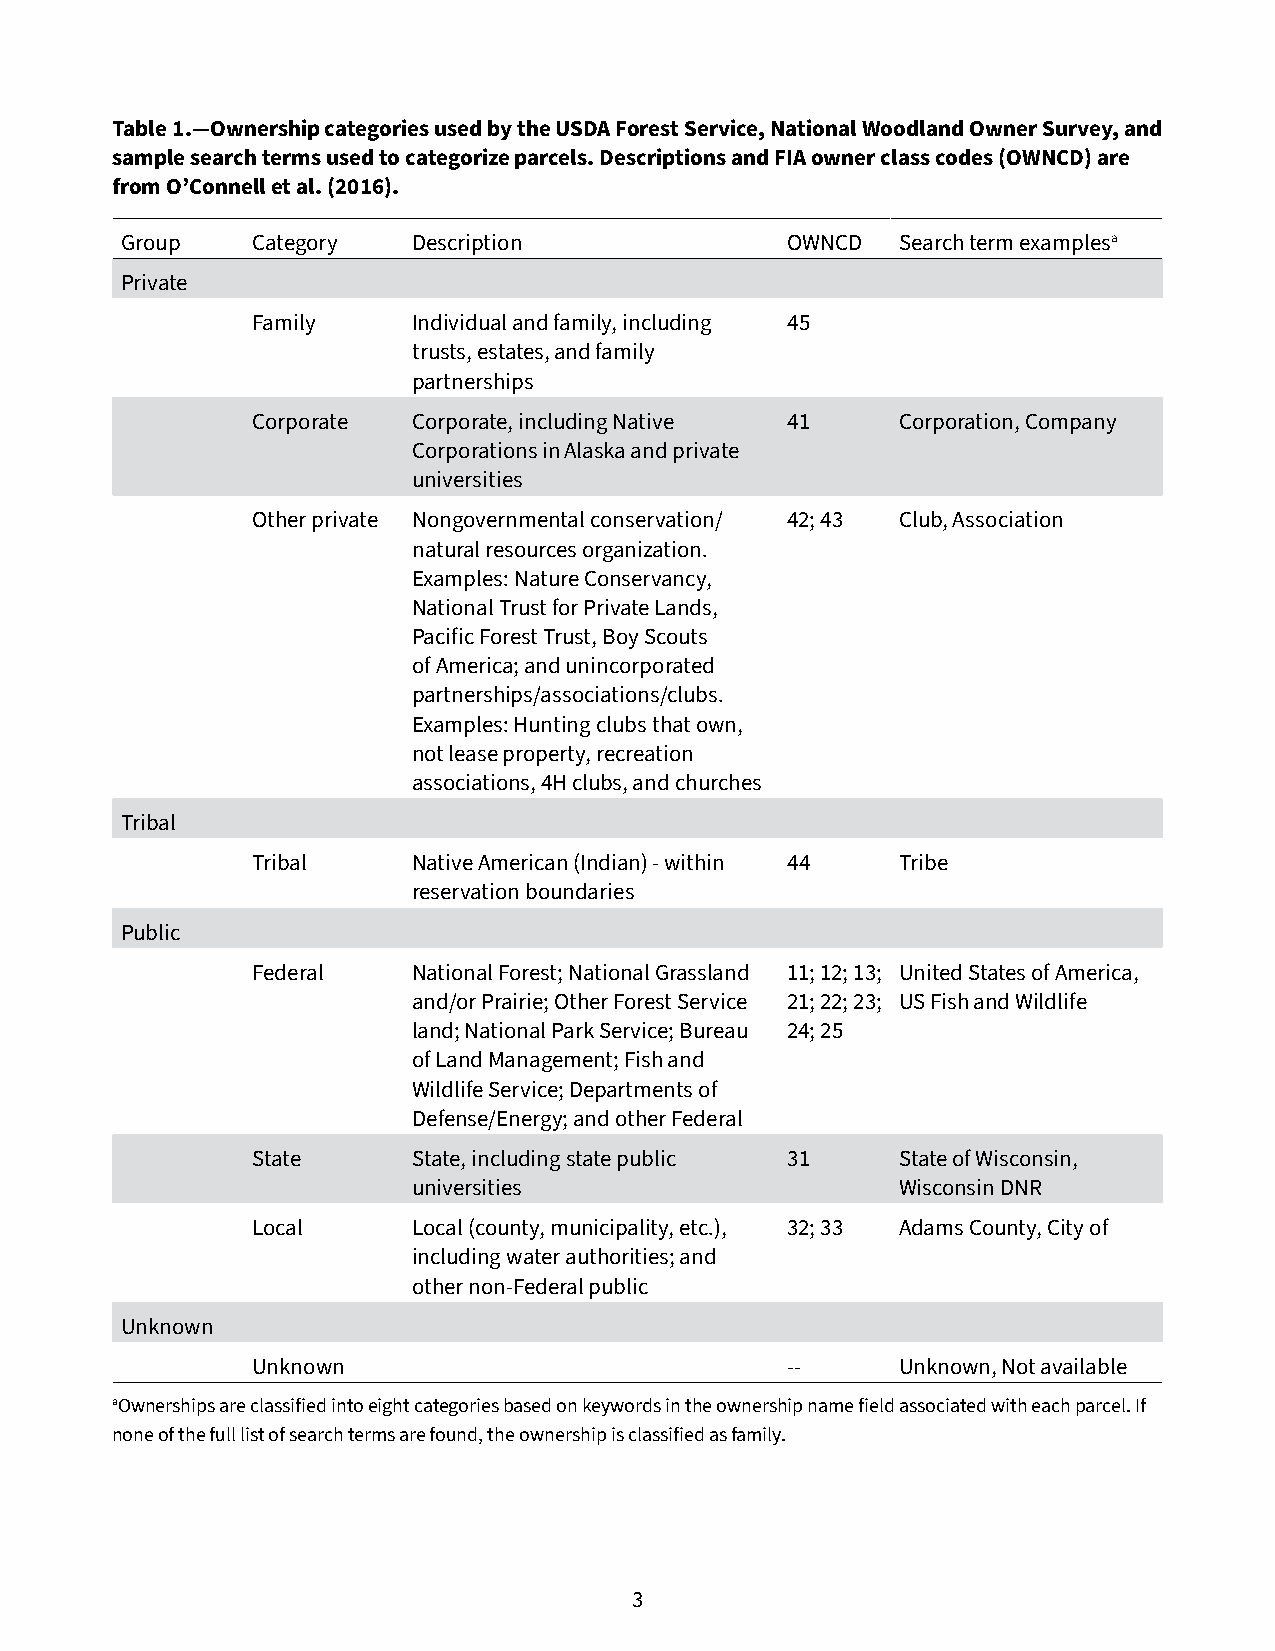
Table 1.—Ownership categories used by the USDA Forest Service, National Woodland Owner Survey, and
 sample search terms used to categorize parcels. Descriptions and FIA owner class codes (OWNCD) are
 from O’Connell et al. (2016).
 Group    Category  Description              OWNCD   Search term examplesa
 Private
 Family    Individual and family, including 45
 trusts, estates, and family
 partnerships
 Corporate Corporate, including Native 41   Corporation, Company
 Corporations in Alaska and private
 universities
 Other private Nongovernmental conservation/ 42; 43 Club, Association
 natural resources organization.
 Examples: Nature Conservancy,
 National Trust for Private Lands,
 Pacific Forest Trust, Boy Scouts
 of America; and unincorporated
 partnerships/associations/clubs.
 Examples: Hunting clubs that own,
 not lease property, recreation
 associations, 4H clubs, and churches
 Tribal
 Tribal    Native American (Indian) - within 44 Tribe
 reservation boundaries
 Public
 Federal   National Forest; National Grassland 11; 12; 13; United States of America,
 and/or Prairie; Other Forest Service 21; 22; 23; US Fish and Wildlife
 land; National Park Service; Bureau 24; 25
 of Land Management; Fish and
 Wildlife Service; Departments of
 Defense/Energy; and other Federal
 State     State, including state public 31 State of Wisconsin,
 universities                     Wisconsin DNR
 Local     Local (county, municipality, etc.), 32; 33 Adams County, City of
 including water authorities; and
 other non-Federal public
 Unknown
 Unknown                            --      Unknown, Not available
 aOwnerships are classified into eight categories based on keywords in the ownership name field associated with each parcel. If
 none of the full list of search terms are found, the ownership is classified as family.
 3